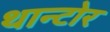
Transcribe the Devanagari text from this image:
थान्टोर